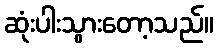
ဆုံးပါးသွားတော့သည်။